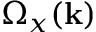
\Omega _ { x } ( \mathbf { k } )